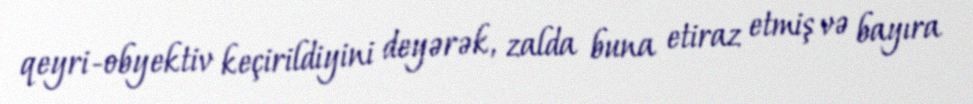
qeyri-obyektiv keçirildiyini deyərək, zalda buna etiraz etmiş və bayıra